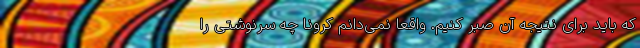
که باید برای نتیجه آن صبر کنیم. واقعا نمی‌دانم کرونا چه سرنوشتی را